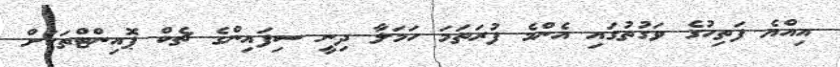
އިއްޔެ ފަތިހުގެ ވަގުތުގައި އެންމެ ފުރަތަމަ ހަމަލާ ދިނީ ސިފައިންގެ ޗެކް ޕޮއިންޓްތަކަށް